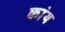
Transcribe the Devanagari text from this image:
कांय